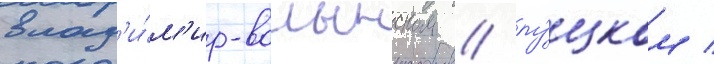
влад'и́м'ир-волынском / лу́цком /